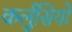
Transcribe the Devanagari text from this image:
कर्लुसियो